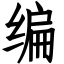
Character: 编